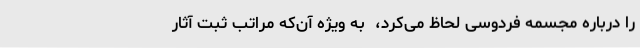
را درباره مجسمه فردوسی لحاظ می‌کرد، ‌ به ویژه آن‌که مراتب ثبت آثار